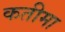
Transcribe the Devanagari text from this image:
कतीमा